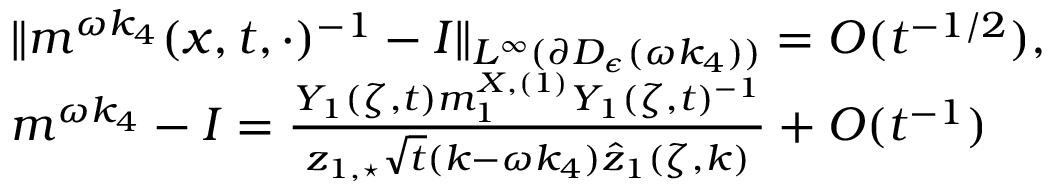
\begin{array} { r l } & { \| m ^ { \omega k _ { 4 } } ( x , t , \cdot ) ^ { - 1 } - I \| _ { L ^ { \infty } ( \partial D _ { \epsilon } ( \omega k _ { 4 } ) ) } = O ( t ^ { - 1 / 2 } ) , } \\ & { m ^ { \omega k _ { 4 } } - I = \frac { Y _ { 1 } ( \zeta , t ) m _ { 1 } ^ { X , ( 1 ) } Y _ { 1 } ( \zeta , t ) ^ { - 1 } } { z _ { 1 , \star } \sqrt { t } ( k - \omega k _ { 4 } ) \hat { z } _ { 1 } ( \zeta , k ) } + O ( t ^ { - 1 } ) } \end{array}